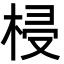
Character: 梫